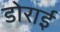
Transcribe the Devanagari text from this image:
डोराई